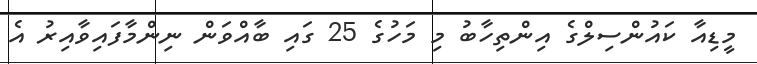
މީޑިއާ ކައުންސިލްގެ އިންތިހާބު މި މަހުގެ 25 ގައި ބާއްވަން ނިންމާފައިވާއިރު އެ